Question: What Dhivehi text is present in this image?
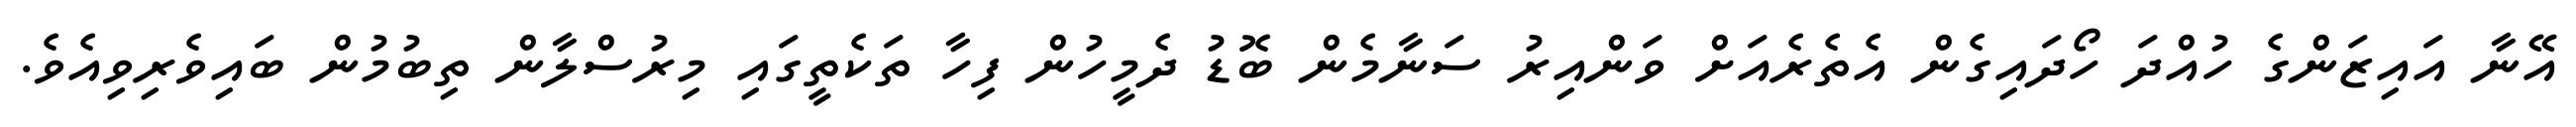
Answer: އޭނާ އައިޒަންގެ ހުއްދަ ހޯދައިގެން އެތެރެއަށް ވަންއިރު ސަނާމެން ބޮޑު ދެމީހުން ފިހާ ތަކެތީގައި މިރުސްލާން ތިބުމުން ބައިވެރިވިއެވެ.